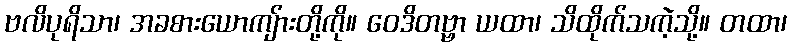
ဗလိပုရိသာ၊ အခစားယောကျ်ားတို့ကို။ ဝေဒိတဗ္ဗာ ယထာ၊ သိထိုက်သကဲ့သို့။ တထာ၊